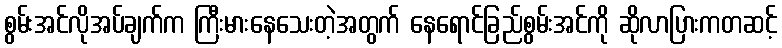
စွမ်းအင်လိုအပ်ချက်က ကြီးမားနေသေးတဲ့အတွက် နေရောင်ခြည်စွမ်းအင်ကို ဆိုလာပြားကတဆင့်